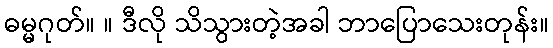
ဓမ္မဂုတ်။ ။ ဒီလို သိသွားတဲ့အခါ ဘာပြောသေးတုန်း။